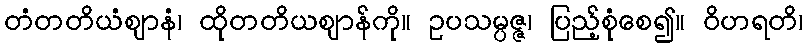
တံတတိယံဈာနံ၊ ထိုတတိယဈာန်ကို။ ဥပသမ္ပဇ္ဇ၊ ပြည့်စုံစေ၍။ ဝိဟရတိ၊